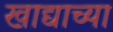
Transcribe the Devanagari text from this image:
खाद्याच्या